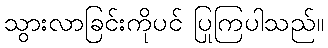
သွားလာခြင်းကိုပင် ပြုကြပါသည်။